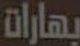
بهارات